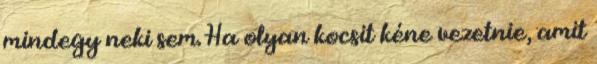
mindegy neki sem. Ha olyan kocsit kéne vezetnie, amit